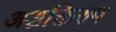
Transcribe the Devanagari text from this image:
अशक्तिरुप